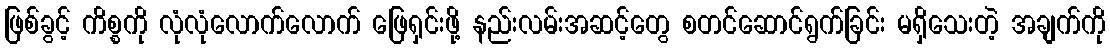
ဖြစ်ခွင့် ကိစ္စကို လုံလုံလောက်လောက် ဖြေရှင်းဖို့ နည်းလမ်းအဆင့်တွေ စတင်ဆောင်ရွက်ခြင်း မရှိသေးတဲ့ အချက်ကို